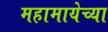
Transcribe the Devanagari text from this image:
महामायेच्या